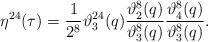
LaTeX: \begin{align*}\eta^{24}(\tau)=\frac{1}{2^8}\vartheta_3^{24}(q)\frac{\vartheta_2^8(q)}{\vartheta_3^8(q)}\frac{\vartheta_4^8(q)}{\vartheta_3^8(q)}.\end{align*}